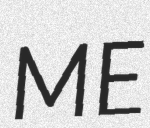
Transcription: ME